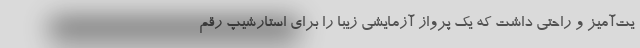
یت‌آمیز و راحتی داشت که یک پرواز آزمایشی زیبا را برای استارشیپ رقم